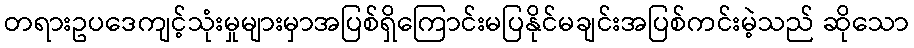
တရားဥပဒေကျင့်သုံးမှုများမှာအပြစ်ရှိကြောင်းမပြနိုင်မချင်းအပြစ်ကင်းမဲ့သည် ဆိုသော